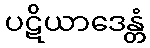
ပဋိယာဒေန္တံ